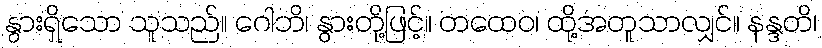
နွားရှိသော သူသည်။ ဂေါဘိ၊ နွားတို့ဖြင့်။ တထေဝ၊ ထို့အတူသာလျှင်။ နန္ဒတိ၊